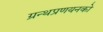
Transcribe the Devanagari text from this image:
ग्रन्थप्रणयनकाे